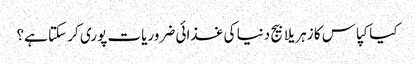
کیا کپاس کا زہریلا بیج دنیا کی غذائی ضروریات پوری کر سکتا ہے؟